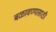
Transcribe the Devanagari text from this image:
बळावण्यासाठी